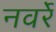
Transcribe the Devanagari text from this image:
नवर्रे